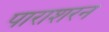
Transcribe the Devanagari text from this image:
पाराशरन